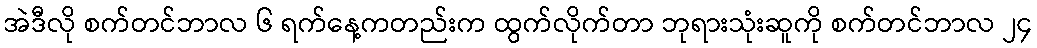
အဲဒီလို စက်တင်ဘာလ ၆ ရက်နေ့ကတည်းက ထွက်လိုက်တာ ဘုရားသုံးဆူကို စက်တင်ဘာလ ၂၄